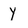
Character: Y